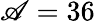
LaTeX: \mathscr{A}=36